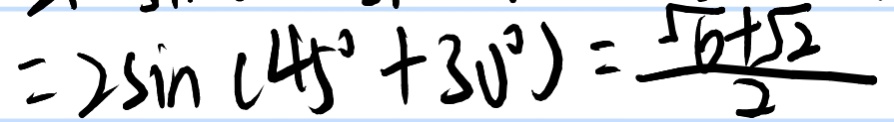
= 2 \sin ( 4 5 ^ { \circ } + 3 0 ^ { \circ } ) = \frac { \sqrt { 6 } + \sqrt { 2 } } { 2 }